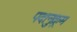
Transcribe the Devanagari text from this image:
पदानुक्र्रम